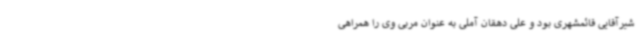
شیرآقایی قائمشهری بود و علی دهقان آملی به عنوان مربی وی را همراهی